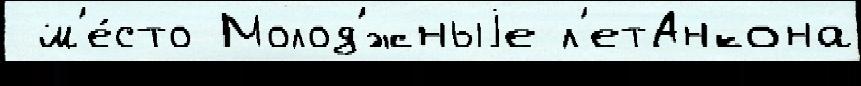
 м'е́сто Молод'́жныjе л'етАнкона